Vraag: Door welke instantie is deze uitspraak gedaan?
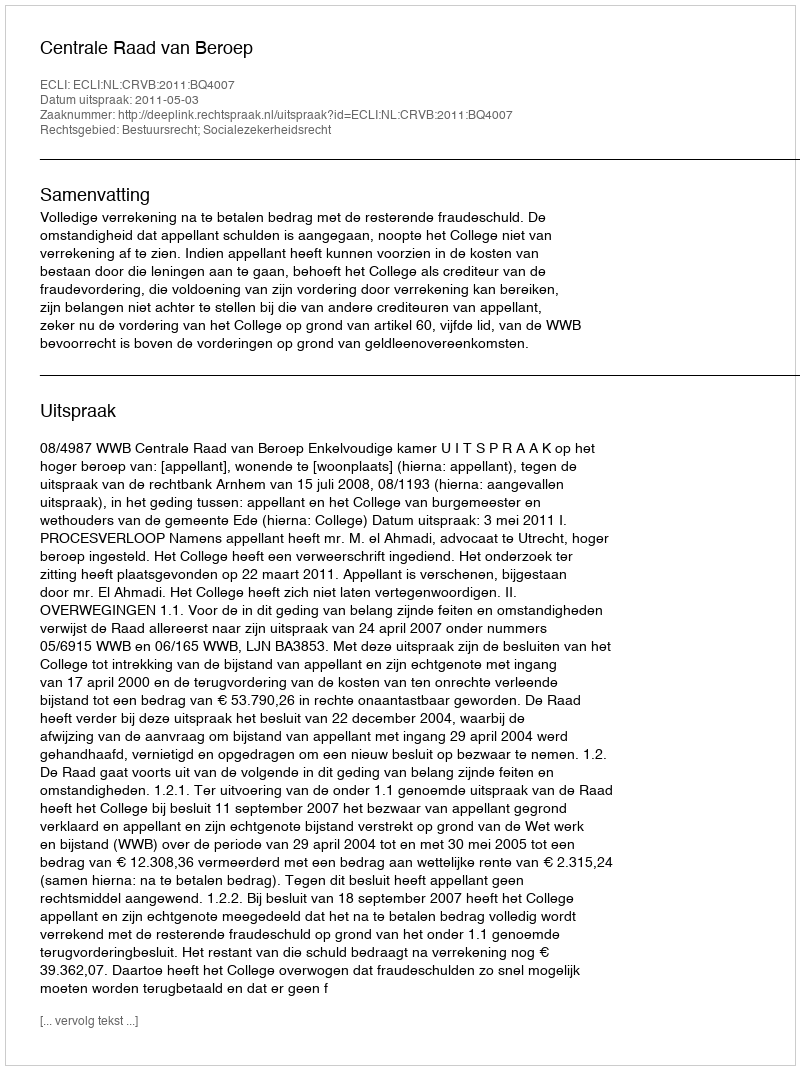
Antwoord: Centrale Raad van Beroep